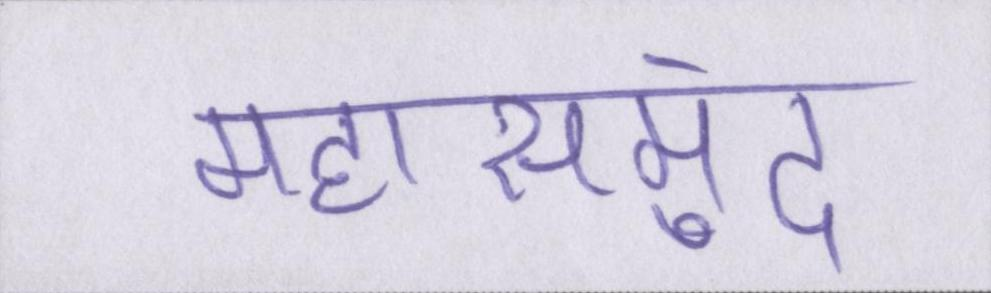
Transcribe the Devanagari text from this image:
महासमुंद